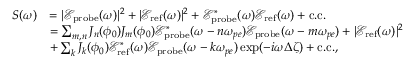
\begin{array} { r l } { S ( \omega ) } & { = | \mathcal { E } _ { \mathrm { p r o b e } } ( \omega ) | ^ { 2 } + | \mathcal { E } _ { \mathrm { r e f } } ( \omega ) | ^ { 2 } + \mathcal { E } _ { \mathrm { p r o b e } } ^ { * } ( \omega ) \mathcal { E } _ { \mathrm { r e f } } ( \omega ) + \mathrm { c . c . } } \\ & { = \sum _ { m , n } J _ { n } ( \phi _ { 0 } ) J _ { m } ( \phi _ { 0 } ) \mathcal { E } _ { \mathrm { p r o b e } } ^ { * } ( \omega - n \omega _ { p e } ) \mathcal { E } _ { \mathrm { p r o b e } } ( \omega - m \omega _ { p e } ) + | \mathcal { E } _ { \mathrm { r e f } } ( \omega ) | ^ { 2 } } \\ & { + \sum _ { k } J _ { k } ( \phi _ { 0 } ) \mathcal { E } _ { \mathrm { r e f } } ^ { * } ( \omega ) \mathcal { E } _ { \mathrm { p r o b e } } ( \omega - k \omega _ { p e } ) \exp ( - i \omega \Delta \zeta ) + \mathrm { c . c . } , } \end{array}